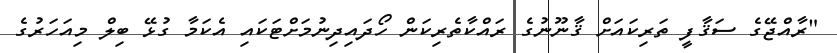
"ރާއްޖޭގެ ސަޤާފީ ތަރިކައަށް ޤާނޫނުގެ ރައްކާތެރިކަން ހޯދައިދިނުމަށްޓަކައި އެކަމާ ގުޅޭ ބިލް މިއަހަރުގެ